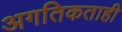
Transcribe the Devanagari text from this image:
अगतिकताही